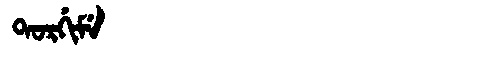
Manchu: ᡨᠣᡵᡤᡳᠮᡝ
Romanization: TORGIME